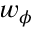
w _ { \phi }